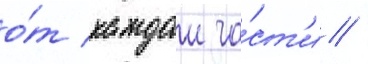
о́т каждои ча́ст'и /